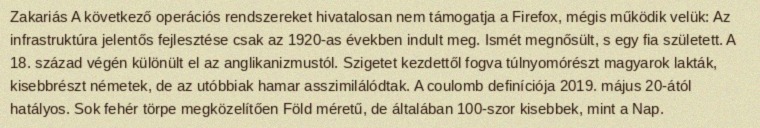
Zakariás A következő operációs rendszereket hivatalosan nem támogatja a Firefox, mégis működik velük: Az infrastruktúra jelentős fejlesztése csak az 1920-as években indult meg. Ismét megnősült, s egy fia született. A 18. század végén különült el az anglikanizmustól. Szigetet kezdettől fogva túlnyomórészt magyarok lakták, kisebbrészt németek, de az utóbbiak hamar asszimilálódtak. A coulomb definíciója 2019. május 20-ától hatályos. Sok fehér törpe megközelítően Föld méretű, de általában 100-szor kisebbek, mint a Nap.